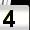
Digit: 4